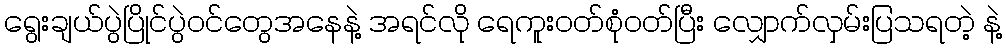
ရွေးချယ်ပွဲပြိုင်ပွဲဝင်တွေအနေနဲ့ အရင်လို ရေကူးဝတ်စုံဝတ်ပြီး လျှောက်လှမ်းပြသရတဲ့ နဲ့